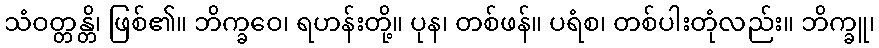
သံဝတ္တန္တိ၊ ဖြစ်၏။ ဘိက္ခဝေ၊ ရဟန်းတို့။ ပုန၊ တစ်ဖန်။ ပရံစ၊ တစ်ပါးတုံလည်း။ ဘိက္ခူ၊